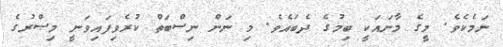
ނަމެކެވެ. މީގެ މާނައަކީ ބިމުގެ ދެބައެވެ. މި ނަން ނިސްބަތް ކުރެވިފައިވަނީ މިޞްރުގެ